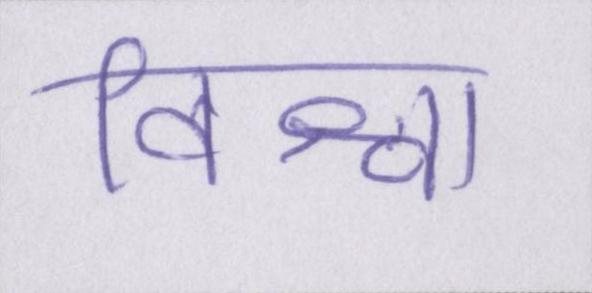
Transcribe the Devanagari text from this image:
विश्वा